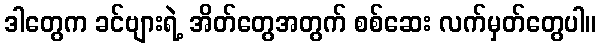
ဒါတွေက ခင်ဗျားရဲ့ အိတ်တွေအတွက် စစ်ဆေး လက်မှတ်တွေပါ။